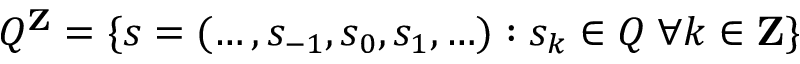
Q ^ { \mathbf { Z } } = \{ s = ( \ldots , s _ { - 1 } , s _ { 0 } , s _ { 1 } , \ldots ) : s _ { k } \in Q \; \forall k \in \mathbf { Z } \}